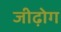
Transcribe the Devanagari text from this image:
जीढ़ोग